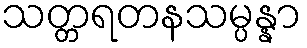
သတ္တရတနသမ္ပန္နာ